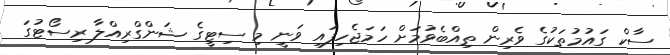
ސާކް ގައުމުތަކުގެ ވެރިން ތިއްބެވުމަށް ހަމަޖެހިފައި ވަނީ މި ސިޓީގެ ޝަންގްރިއްލާ ރިސޯޓުގަ